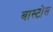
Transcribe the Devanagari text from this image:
बास्टोस